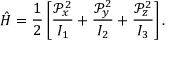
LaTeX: { \hat { H } } = { \frac { 1 } { 2 } } \left[ { \frac { { \mathcal { P } } _ { x } ^ { 2 } } { I _ { 1 } } } + { \frac { { \mathcal { P } } _ { y } ^ { 2 } } { I _ { 2 } } } + { \frac { { \mathcal { P } } _ { z } ^ { 2 } } { I _ { 3 } } } \right] .